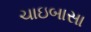
ચાઇબાસા